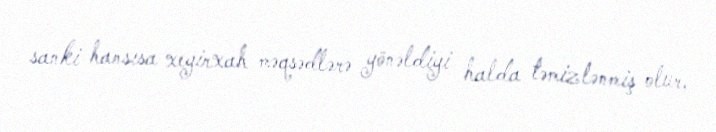
sanki hansısa xeyirxah məqsədlərə yönəldiyi halda təmizlənmiş olur,